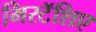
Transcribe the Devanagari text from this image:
मिरटॅशिए